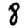
Digit: 8